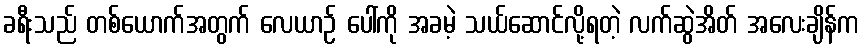
ခရီးသည် တစ်ယောက်အတွက် လေယာဉ် ပေါ်ကို အခမဲ့ သယ်ဆောင်လို့ရတဲ့ လက်ဆွဲအိတ် အလေးချိန်က